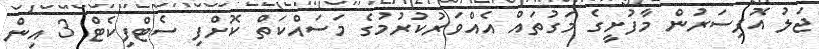
ޖަލު އޮފިސަރުން މާފުށީގެ މަގުތައް އެއްވަރުކުރުމުގެ މަސައްކަތް ކޮށްފި ސެޓްފިކެޓް 3 އިން